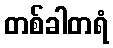
တစ်ခါတရံ